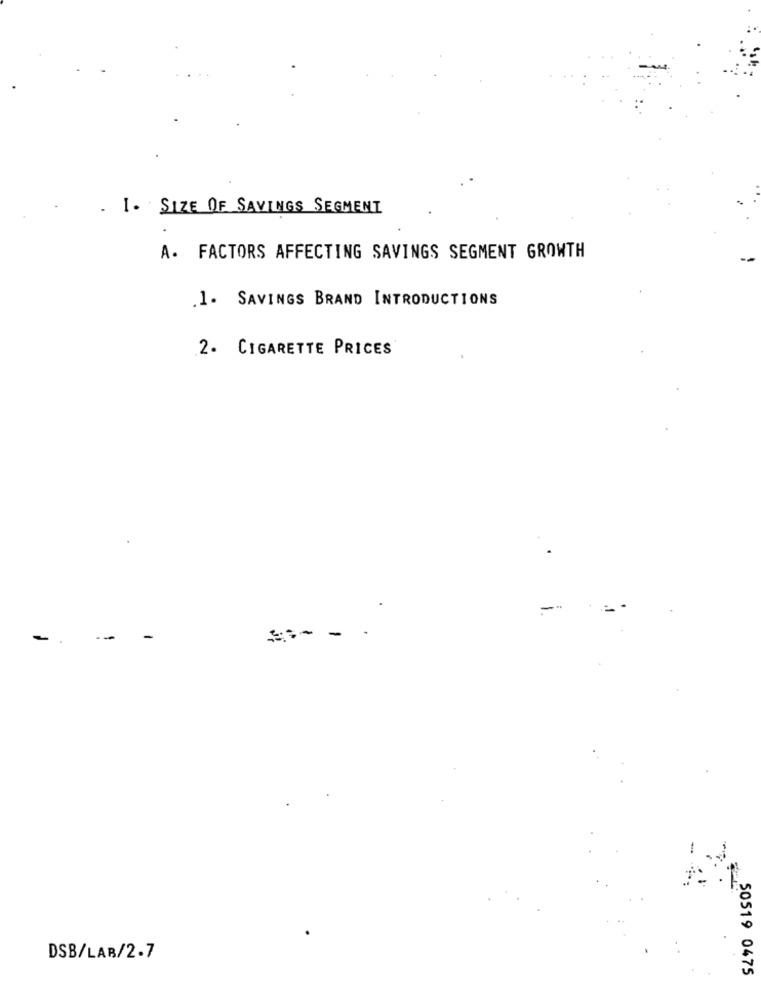
. I. SIZE OF SAVINGS SEGMENT
A. FACTORS AFFECTING SAVINGS SEGMENT GROWTH
.1. SAVINGS BRAND INTRODUCTIONS
2. CIGARETTE PRICES
--
==- - -
DSB/LAR/2.7
50519 0475